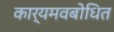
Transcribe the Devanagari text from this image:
कार्यमवबोधित